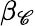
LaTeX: \beta_{\mathscr{C}}